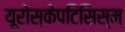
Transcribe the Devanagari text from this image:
यूरोस्केपटिसिस्म